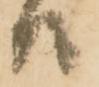
江